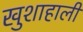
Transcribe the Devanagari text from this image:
खुशाहाली